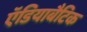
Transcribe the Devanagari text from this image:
ऍडियाबैटिक